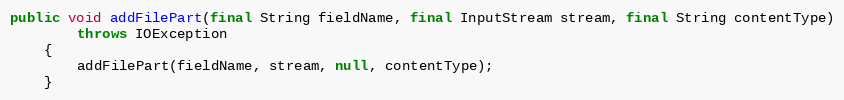
Language: Java
public void addFilePart(final String fieldName, final InputStream stream, final String contentType)
        throws IOException
    {
        addFilePart(fieldName, stream, null, contentType);
    }